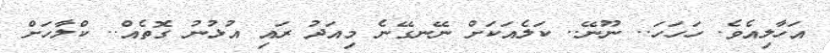
އަހާލިއެވެ. ހަހަހަ.. ނޫނޭ.. ކަލެއަކަށް ނޭނގޭނެ މިއަދު ރައި އުޅުނު ގޮތެއް.. ކްލާހަށް